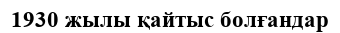
1930 жылы қайтыс болғандар